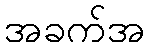
အခက်အ